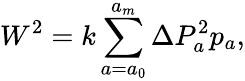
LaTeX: W^{2}=k\sum_{a=a_{0}}^{a_{m}}\Delta P_{a}^{2}p_{a},